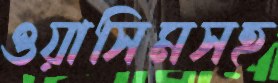
ওয়াসিমসহ